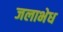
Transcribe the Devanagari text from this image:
जलाभेध